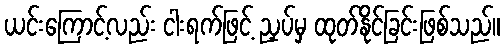
ယင်းကြောင့်လည်း ငါးရက်ဖြင့် ညှပ်မှ ထုတ်နိုင်ခြင်းဖြစ်သည်။